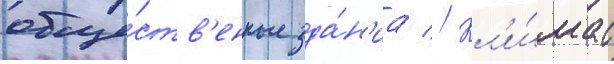
обще́ств'енные зда́н'иа // Кл'и́мат